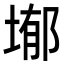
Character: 𭎺